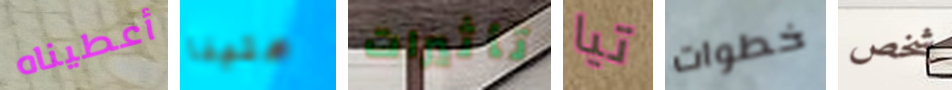
أعطيناه علينا تأثيرات تيا خطوات شخص